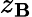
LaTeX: z_{\mathbf{B}}